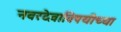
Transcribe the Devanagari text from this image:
नवरदेवाविषयीच्या